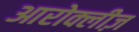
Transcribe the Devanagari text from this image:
आरोक्लीज़